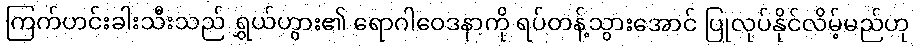
ကြက်ဟင်းခါးသီးသည် ရွှယ်ဟွား၏ ရောဂါဝေဒနာကို ရပ်တန့်သွားအောင် ပြုလုပ်နိုင်လိမ့်မည်ဟု